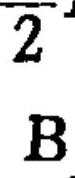
$\overline{2}^{\mathrm{I}} \mathrm{B}$